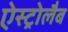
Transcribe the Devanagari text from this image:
ऐस्ट्रोलैब